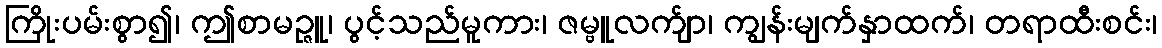
ကြိုးပမ်းစွာ၍၊ ဤစာမဉ္ဇူ၊ ပွင့်သည်မူကား၊ ဇမ္ဗူလက်ျာ၊ ကျွန်းမျက်နှာထက်၊ တရာထီးစင်း၊